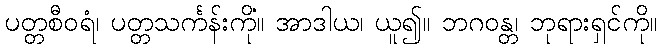
ပတ္တစီဝရံ၊ ပတ္တသင်္ကန်းကို။ အာဒါယ၊ ယူ၍။ ဘဂဝန္တံ၊ ဘုရားရှင်ကို။